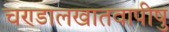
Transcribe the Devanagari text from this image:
चण्डालखातवापीषु